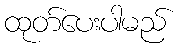
ထုတ်ပေးပါမည်